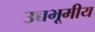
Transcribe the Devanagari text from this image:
उच्चभूमीय